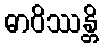
ဓာဝိဿန္တိ